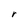
Character: r